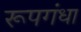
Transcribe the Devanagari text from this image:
रूपगंधा